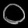
Digit: ၀